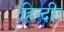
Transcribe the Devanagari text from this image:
हिन्दीः